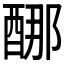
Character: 𰼈